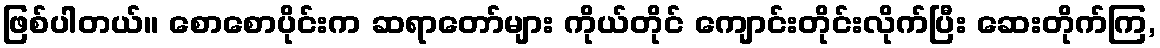
ဖြစ်ပါတယ်။ စောစောပိုင်းက ဆရာတော်များ ကိုယ်တိုင် ကျောင်းတိုင်းလိုက်ပြီး ဆေးတိုက်ကြ,